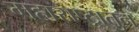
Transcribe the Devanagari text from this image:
महाराष्ट्रातुन